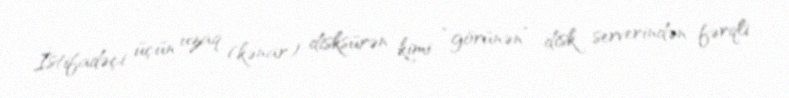
İstifadəçi üçün uzaq (kənar) disksürən kimi “görünən” disk serverindən fərqli